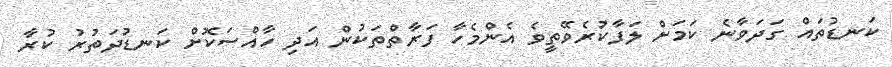
ކަނޑުތައް ގަދަވާނެ ކަމަށް ލަފާކުރެެވޭތީވެ އެންމެހާ ފަރާތްތަކުން އަދި ހާއްސަކޮށް ކަނޑުދަތުރު ކުރާ